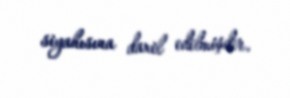
siyahısına daxil edilmişdir.